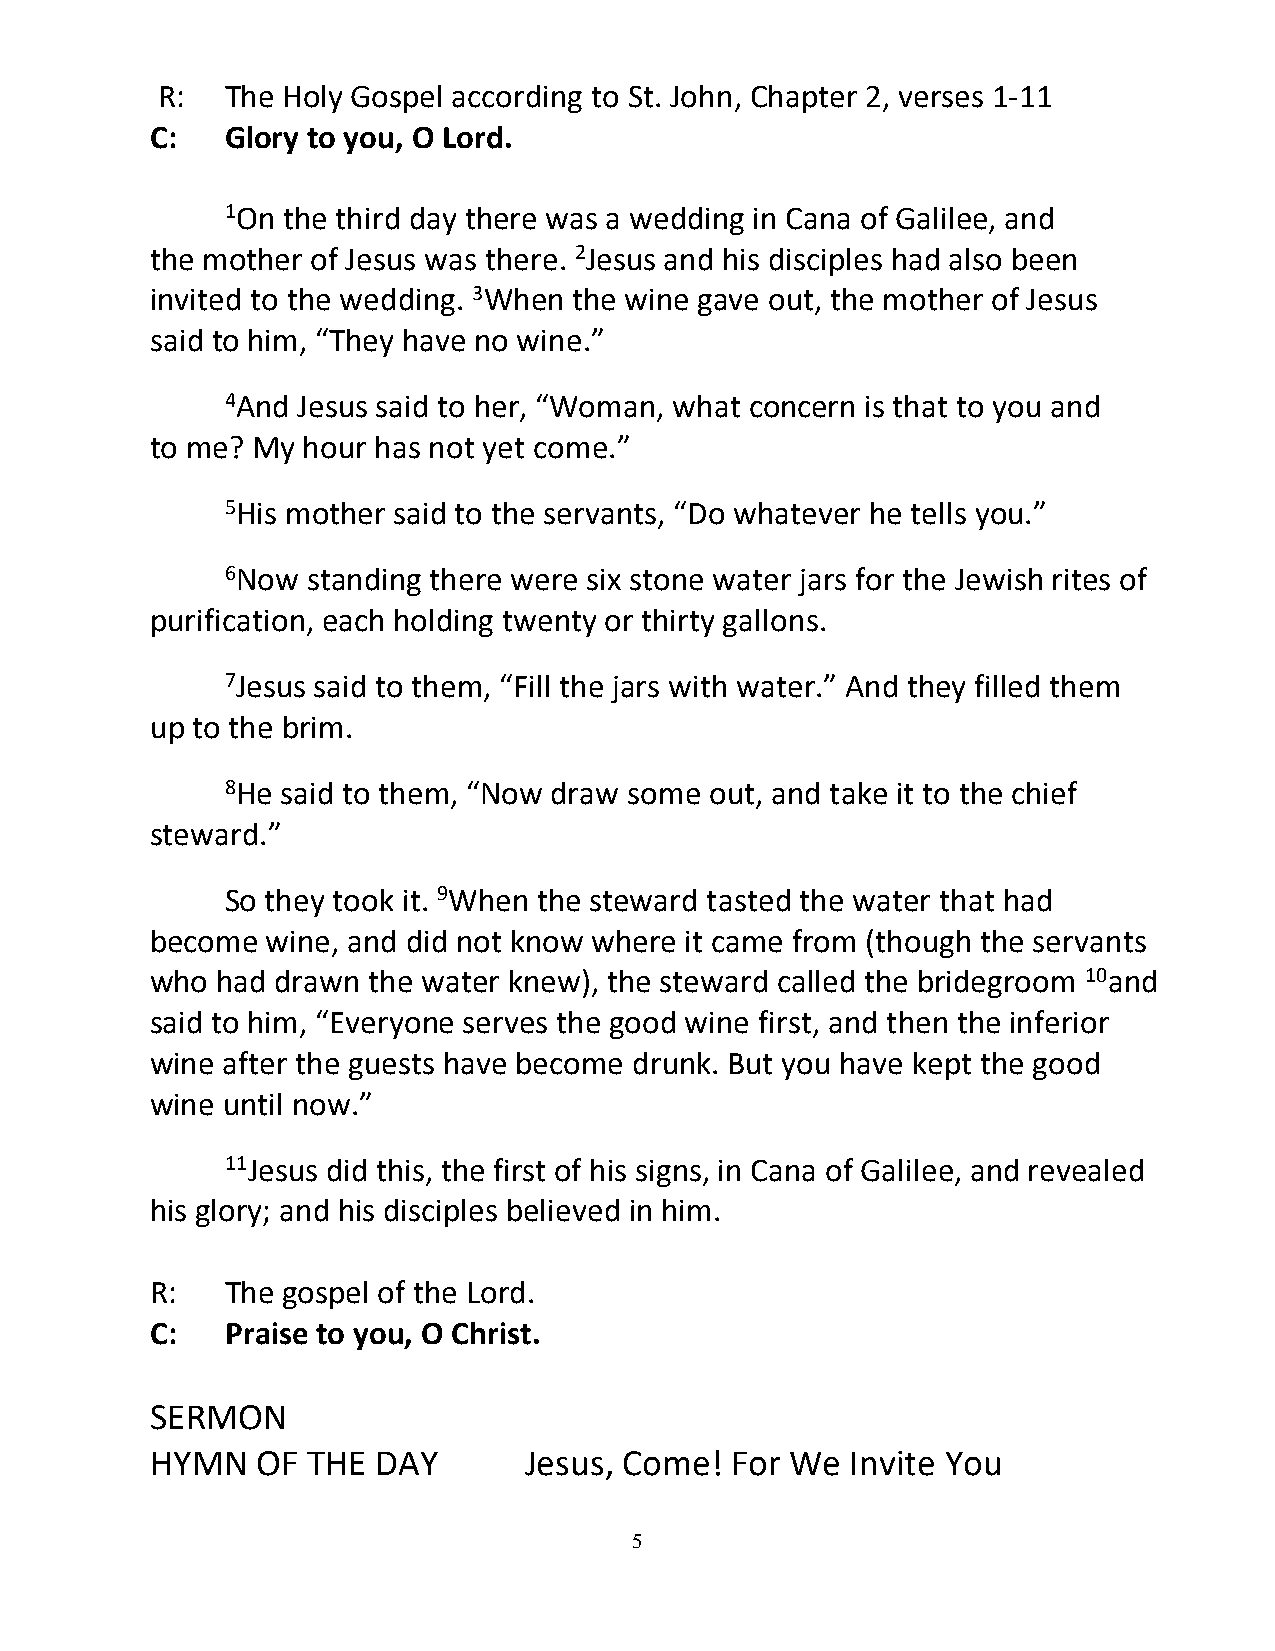
R:   The Holy Gospel according to St. John, Chapter 2, verses 1-11
 C:   Glory to you, O Lord.
 1On the third day there was a wedding in Cana of Galilee, and
 the mother of Jesus was there. 2Jesus and his disciples had also been
 invited to the wedding. 3When the wine gave out, the mother of Jesus
 said to him, “They have no wine.”
 4And Jesus said to her, “Woman, what concern is that to you and
 to me? My hour has not yet come.”
 5His mother said to the servants, “Do whatever he tells you.”
 6Now standing there were six stone water jars for the Jewish rites of
 purification, each holding twenty or thirty gallons.
 7Jesus said to them, “Fill the jars with water.” And they filled them
 up to the brim.
 8He said to them, “Now draw some out, and take it to the chief
 steward.”
 So they took it. 9When the steward tasted the water that had
 become  wine, and did not know where it came from (though the servants
 who had drawn the water knew), the steward called the bridegroom 10and
 said to him, “Everyone serves the good wine first, and then the inferior
 wine after the guests have become drunk. But you have kept the good
 wine until now.”
 11Jesus did this, the first of his signs, in Cana of Galilee, and revealed
 his glory; and his disciples believed in him.
 R:   The gospel of the Lord.
 C:   Praise to you, O Christ.
 SERMON
 HYMN   OF THE  DAY       Jesus, Come! For We  Invite You
 5